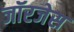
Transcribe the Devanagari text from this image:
जॉरजेस